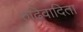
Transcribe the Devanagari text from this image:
रुढ़िवादिता